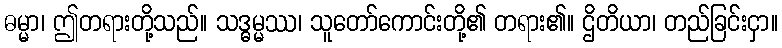
ဓမ္မာ၊ ဤတရားတို့သည်။ သဒ္ဓမ္မဿ၊ သူတော်ကောင်းတို့၏ တရား၏။ ဌိတိယာ၊ တည်ခြင်းငှာ။